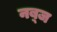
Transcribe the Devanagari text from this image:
नब़्ज